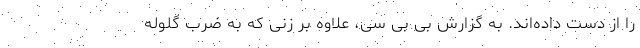
را از دست داده‌اند. به گزارش بی بی سی، علاوه بر زنی که به ضرب گلوله